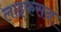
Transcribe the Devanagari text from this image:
लाइफसन